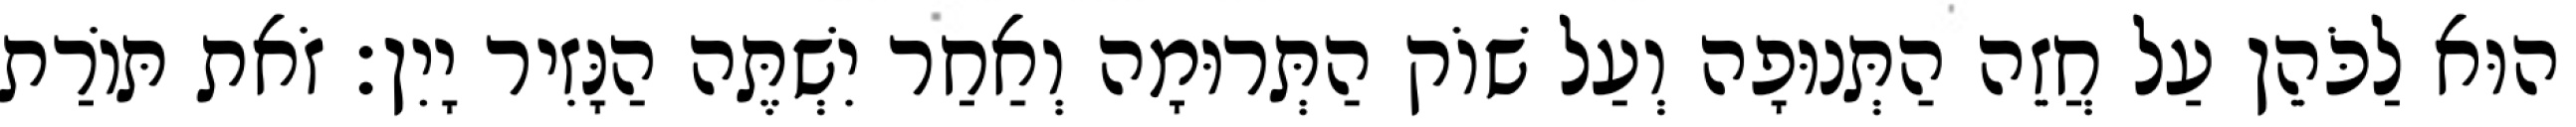
הוּא לַכֹּהֵן עַל חֲזֵה הַתְּנוּפָה וְעַל שׁוֹק הַתְּרוּמָה וְאַחַר יִשְׁתֶּה הַנָּזִיר יָיִן׃ זֹאת תּוֹרַת